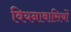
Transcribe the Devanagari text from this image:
वियनावासियों